Report of the Indian Hemp Drugs Commission, 1894-1895 - Volume IV
Year: 1894
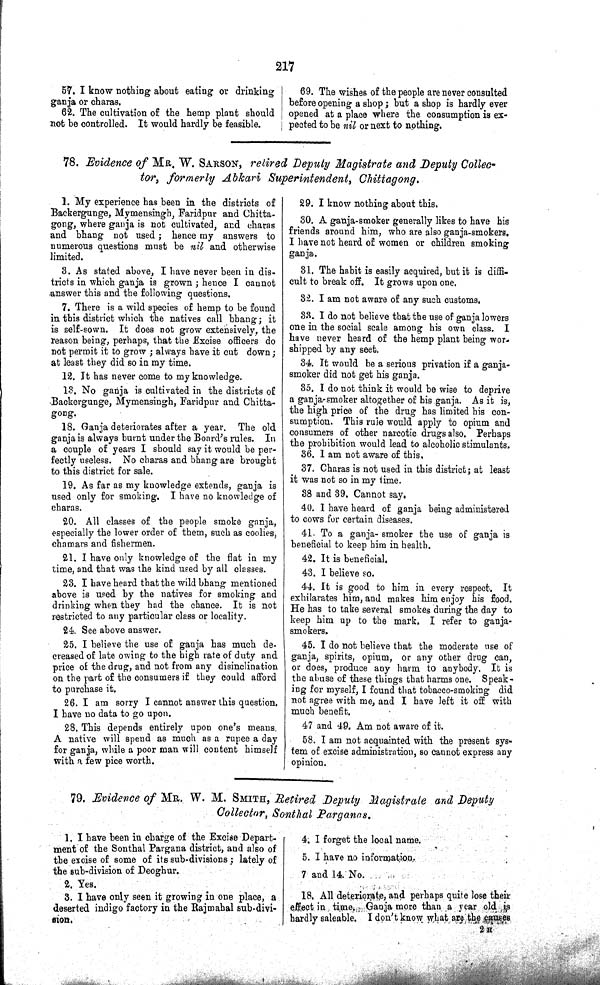
217
57. I know nothing about eating or drinking
ganja or charas.
62. The cultivation of the hemp plant should
not be controlled. It would hardly be feasible.
69. The wishes of the people are never consulted
before opening a shop; but a shop is hardly ever
opened at a place where the consumption is ex-
pected to be nil or next to nothing.
78. Evidence of MR. W. SARSON, retired Deputy Magistrate and Deputy Collec-
tor, formerly Abkari Superintendent, Chittagong.
1. My experience has been in the districts of
Backergunge, Mymensingh, Faridpur and Chitta-
gong, where ganja is not cultivated, and charas
and bhang not used; hence my answers to
numerous questions must be nil and otherwise
limited.
3. As stated above, I have never been in dis-
tricts in which ganja is grown; hence I cannot
answer this and the following questions.
7. There is a wild species of hemp to be found
in this district which the natives call bhang; it
is self-sown. It does not grow extensively, the
reason being, perhaps, that the Excise officers do
not permit it to grow; always have it cut down;
at least they did so in my time.
12. It has never come to my knowledge.
13. No ganja is cultivated in the districts of
Backergunge, Mymensingh, Faridpur and Chitta-
gong.
18. Ganja deteriorates after a year. The old
ganja is always burnt under the Board's rules. In
a couple of years I should say it would be per-
fectly useless. No charas and bhang are brought
to this district for sale.
19. As far as my knowledge extends, ganja is
used only for smoking. I have no knowledge of
charas.
20. All classes of the people smoke ganja,
especially the lower order of them, such as coolies,
chamars and fishermen.
21. I have only knowledge of the flat in my
time, and that was the kind used by all classes.
23. I have heard that the wild bhang mentioned
above is used by the natives for smoking and
drinking when they had the chance. It is not
restricted to any particular class or locality.
24. See above answer.
25. I believe the use of ganja has much de-
creased of late owing to the high rate of duty and
price of the drug, and not from any disinclination
on the part of the consumers if they could afford
to purchase it.
26. I am sorry I cannot answer this question.
I have no data to go upon.
28. This depends entirely upon one's means.
A native will spend as much as a rupee a day
for ganja, while a poor man will content himself
with a few pice worth.
29. I know nothing about this.
30. A ganja-smoker generally likes to have his
friends around him, who are also ganja-smokers.
I have not heard of women or children smoking
ganja.
31. The habit is easily acquired, but it is diffi-
cult to break off. It grows upon one.
32. I am not aware of any such customs.
33. I do not believe that the use of ganja lowers
one in the social scale among his own class. I
have never heard of the hemp plant being wor-
shipped by any seet.
34. It would be a serious privation if a ganja-
smoker did not get his ganja.
35. I do not think it would be wise to deprive
a ganja-smoker altogether of his ganja. As it is,
the high price of the drug has limited his con-
sumption. This rule would apply to opium and
consumers of other narcotic drugs also. Perhaps
the prohibition would lead to alcoholic stimulants.
36. I am not aware of this,
37. Charas is not used in this district; at least
it was not so in my time.
38 and 39. Cannot say.
40. I have heard of ganja being administered
to cows for certain diseases.
41. To a ganja- smoker the use of ganja is
beneficial to keep him in health.
42. It is beneficial.
43. I believe so.
44. It is good to him in every respect. It
exhilarates him, and makes him enjoy his food.
He has to take several smokes during the day to
keep him up to the mark. I refer to ganja-
smokers.
45. I do not believe that the moderate use of
ganja, spirits, opium, or any other drug can,
or does, produce any harm to anybody. It is
the abuse of these things that harms one. Speak-
ing for myself, I found that tobacco-smoking did
not agree with me, and I have left it off with
much benefit.
47 and 49. Am not aware of it.
58. I am not acquainted with the present sys-
tem of excise administration, so cannot express any
opinion.
79. Evidence of MR. W. M. SMITH, Retired Deputy Magistrate and Deputy
Collector, Sonthal Parganas.
1. I have been in charge of the Excise Depart-
ment of the Sonthal Pargana district, and also of
the excise of some of its sub-divisions; lately of
the sub-division of Deoghur.
2. Yes.
3. I have only seen it growing in one place, a
deserted indigo factory in the Rajmahal sub-divi-
sion.
4. I forget the local name.
5. I have no information.
7 and 14. No.
18. All deteriorate, and perhaps quite lose then
effect in time. Ganja more than a year old is
hardly saleable. I don't know what are the causes
2 H